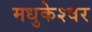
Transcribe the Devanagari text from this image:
मधुकेश्वर